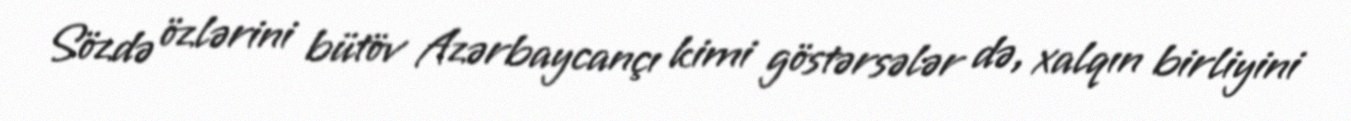
Sözdə özlərini bütöv Azərbaycançı kimi göstərsələr də, xalqın birliyini